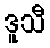
ဒူသီ